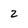
Character: 2